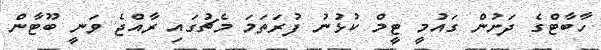
ހާބާޓްގެ ދަށުން ގައުމީ ޓީމް ކުޅުނު ފުރަތަމަ މެޗުގައި ރާއްޖެ ވަނީ ބޫޓާން